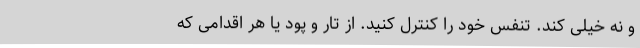
و نه خیلی کند. تنفس خود را کنترل کنید. از تار و پود یا هر اقدامی که